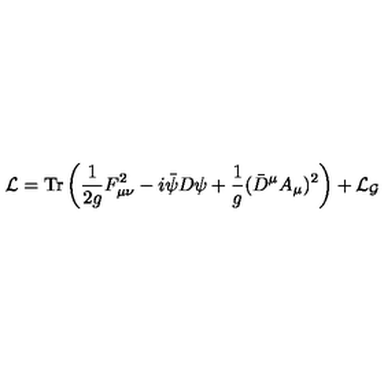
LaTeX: { \cal L } = \mathrm { T r } \left( \frac { 1 } { 2 g } F _ { \mu \nu } ^ { 2 } - i { \bar { \psi } } D { \psi } + \frac { 1 } { g } ( { \bar { D } } ^ { \mu } A _ { \mu } ) ^ { 2 } \right) + { \cal L } _ { \cal G } \,